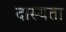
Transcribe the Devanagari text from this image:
दास्यता